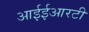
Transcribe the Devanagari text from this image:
आईईआरटी